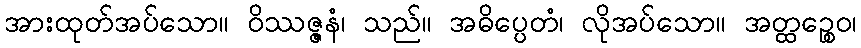
အားထုတ်အပ်သော။ ဝိဿဇ္ဇနံ၊ သည်။ အဓိပ္ပေတံ၊ လိုအပ်သော။ အတ္ထဉ္စေဝ၊